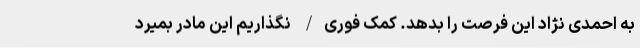
به احمدی نژاد این فرصت را بدهد. کمک فوری‌‌/ نگذاریم این مادر بمیرد